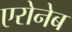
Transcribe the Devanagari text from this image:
एरोनेब